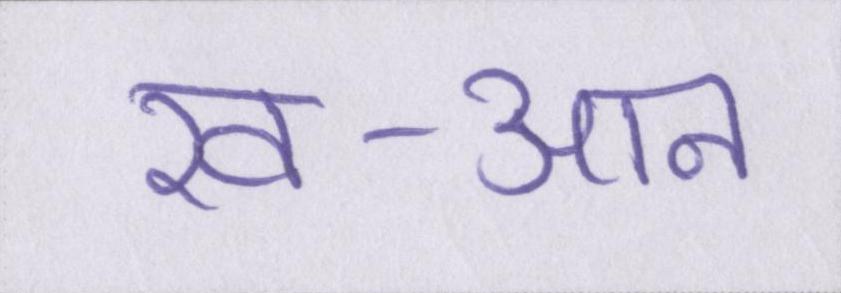
ख-आन